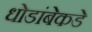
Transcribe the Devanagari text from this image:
धोडांबेकडे